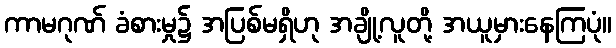
ကာမဂုဏ် ခံစားမှု၌ အပြစ်မရှိဟု အချို့လူတို့ အယူမှားနေကြပုံ။